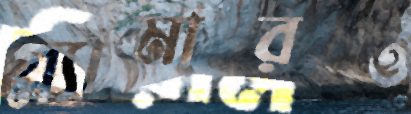
গ্ল্যামারও